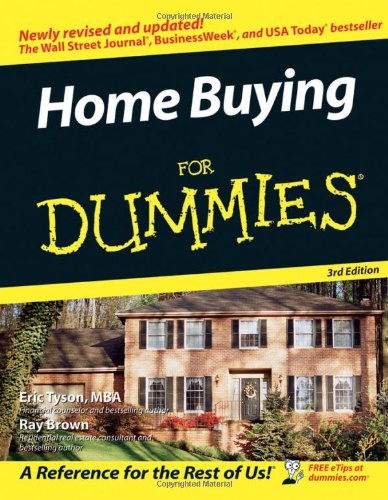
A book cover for Home Buying For Dummies, 3rd edition; Eric Tyson; Business & Money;